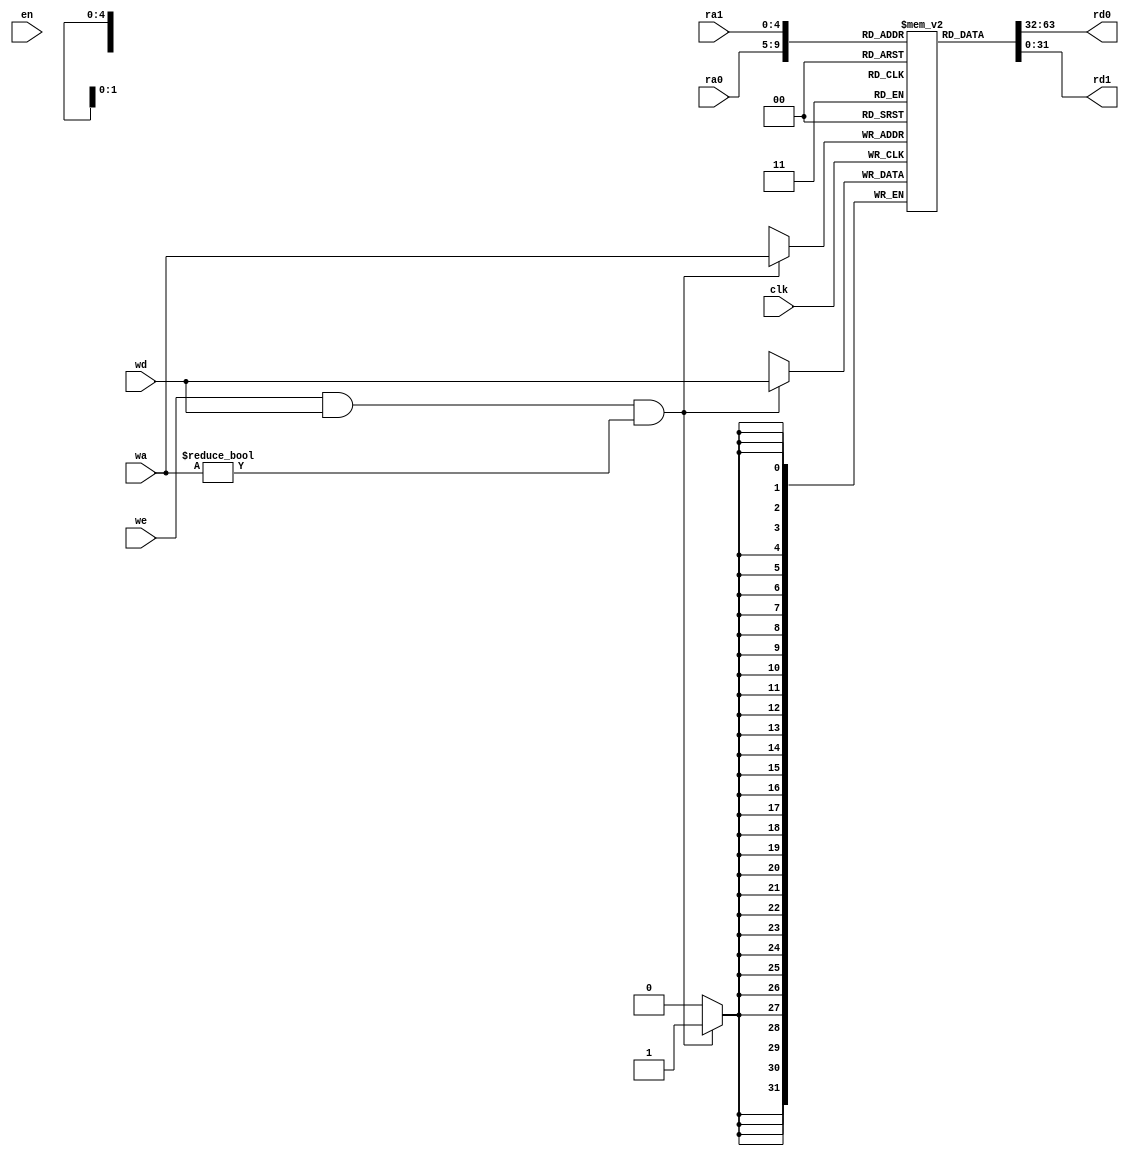
`timescale 1ns / 1ps
//////////////////////////////////////////////////////////////////////////////////
// Company: 
// Engineer: 
// 
// Design Name: 
// Module Name: reg_file
// Project Name: 
// Target Devices: 
// Tool Versions: 
// Description: 
// 
// Dependencies: 
// 
// Revision:
// Revision 0.01 - File Created
// Additional Comments:
// 
//////////////////////////////////////////////////////////////////////////////////


module register_file				//32 x WIDTH???????
#(parameter WIDTH = 32) 	//???????
(input clk,	            //????????????)
input en,					
input [4:0] ra0,				//?????0???
output [WIDTH-1:0] rd0, 	//?????0????
input [4:0] ra1, 				//?????1???
output [WIDTH-1:0] rd1, 	//?????1????
input [4:0] wa, 				//?????
input we,					//??????????
input [WIDTH-1:0] wd 		//???????
);
reg [4:0]addr_reg0;
reg [4:0]addr_reg1;
reg [WIDTH-1:0] mem[0:31];
always@(*)
begin
addr_reg0 <= ra0;
addr_reg1 <= ra1;
end
integer i;
initial
begin
for (i = 0;i < 32;i = i + 1)
mem[i] <= 0;
end;
always@(posedge clk)
begin
if (we && wd && (wa != 0))
mem[wa] <= wd;
end
assign rd0 = mem[addr_reg0];
assign rd1 = mem[addr_reg1];
endmodule